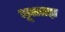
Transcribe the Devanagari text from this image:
भूलतज्ञ